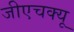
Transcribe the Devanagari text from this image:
जीएचक्यू